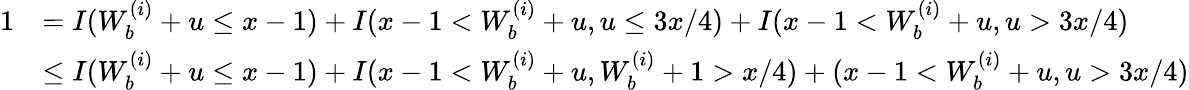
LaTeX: \begin{array}{rl}{1}&{=I(W_{b}^{(i)}+u\leq x-1)+I(x-1<W_{b}^{(i)}+u,u\leq 3x/4)+I(x-1<W_{b}^{(i)}+u,u>3x/4)}\\ &{\leq I(W_{b}^{(i)}+u\leq x-1)+I(x-1<W_{b}^{(i)}+u,W_{b}^{(i)}+1>x/4)+(x-1<W_{b}^{(i)}+u,u>3x/4)}\end{array}